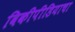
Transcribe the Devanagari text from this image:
विकीपीडियाचा